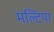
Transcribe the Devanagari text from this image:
मल्टिया